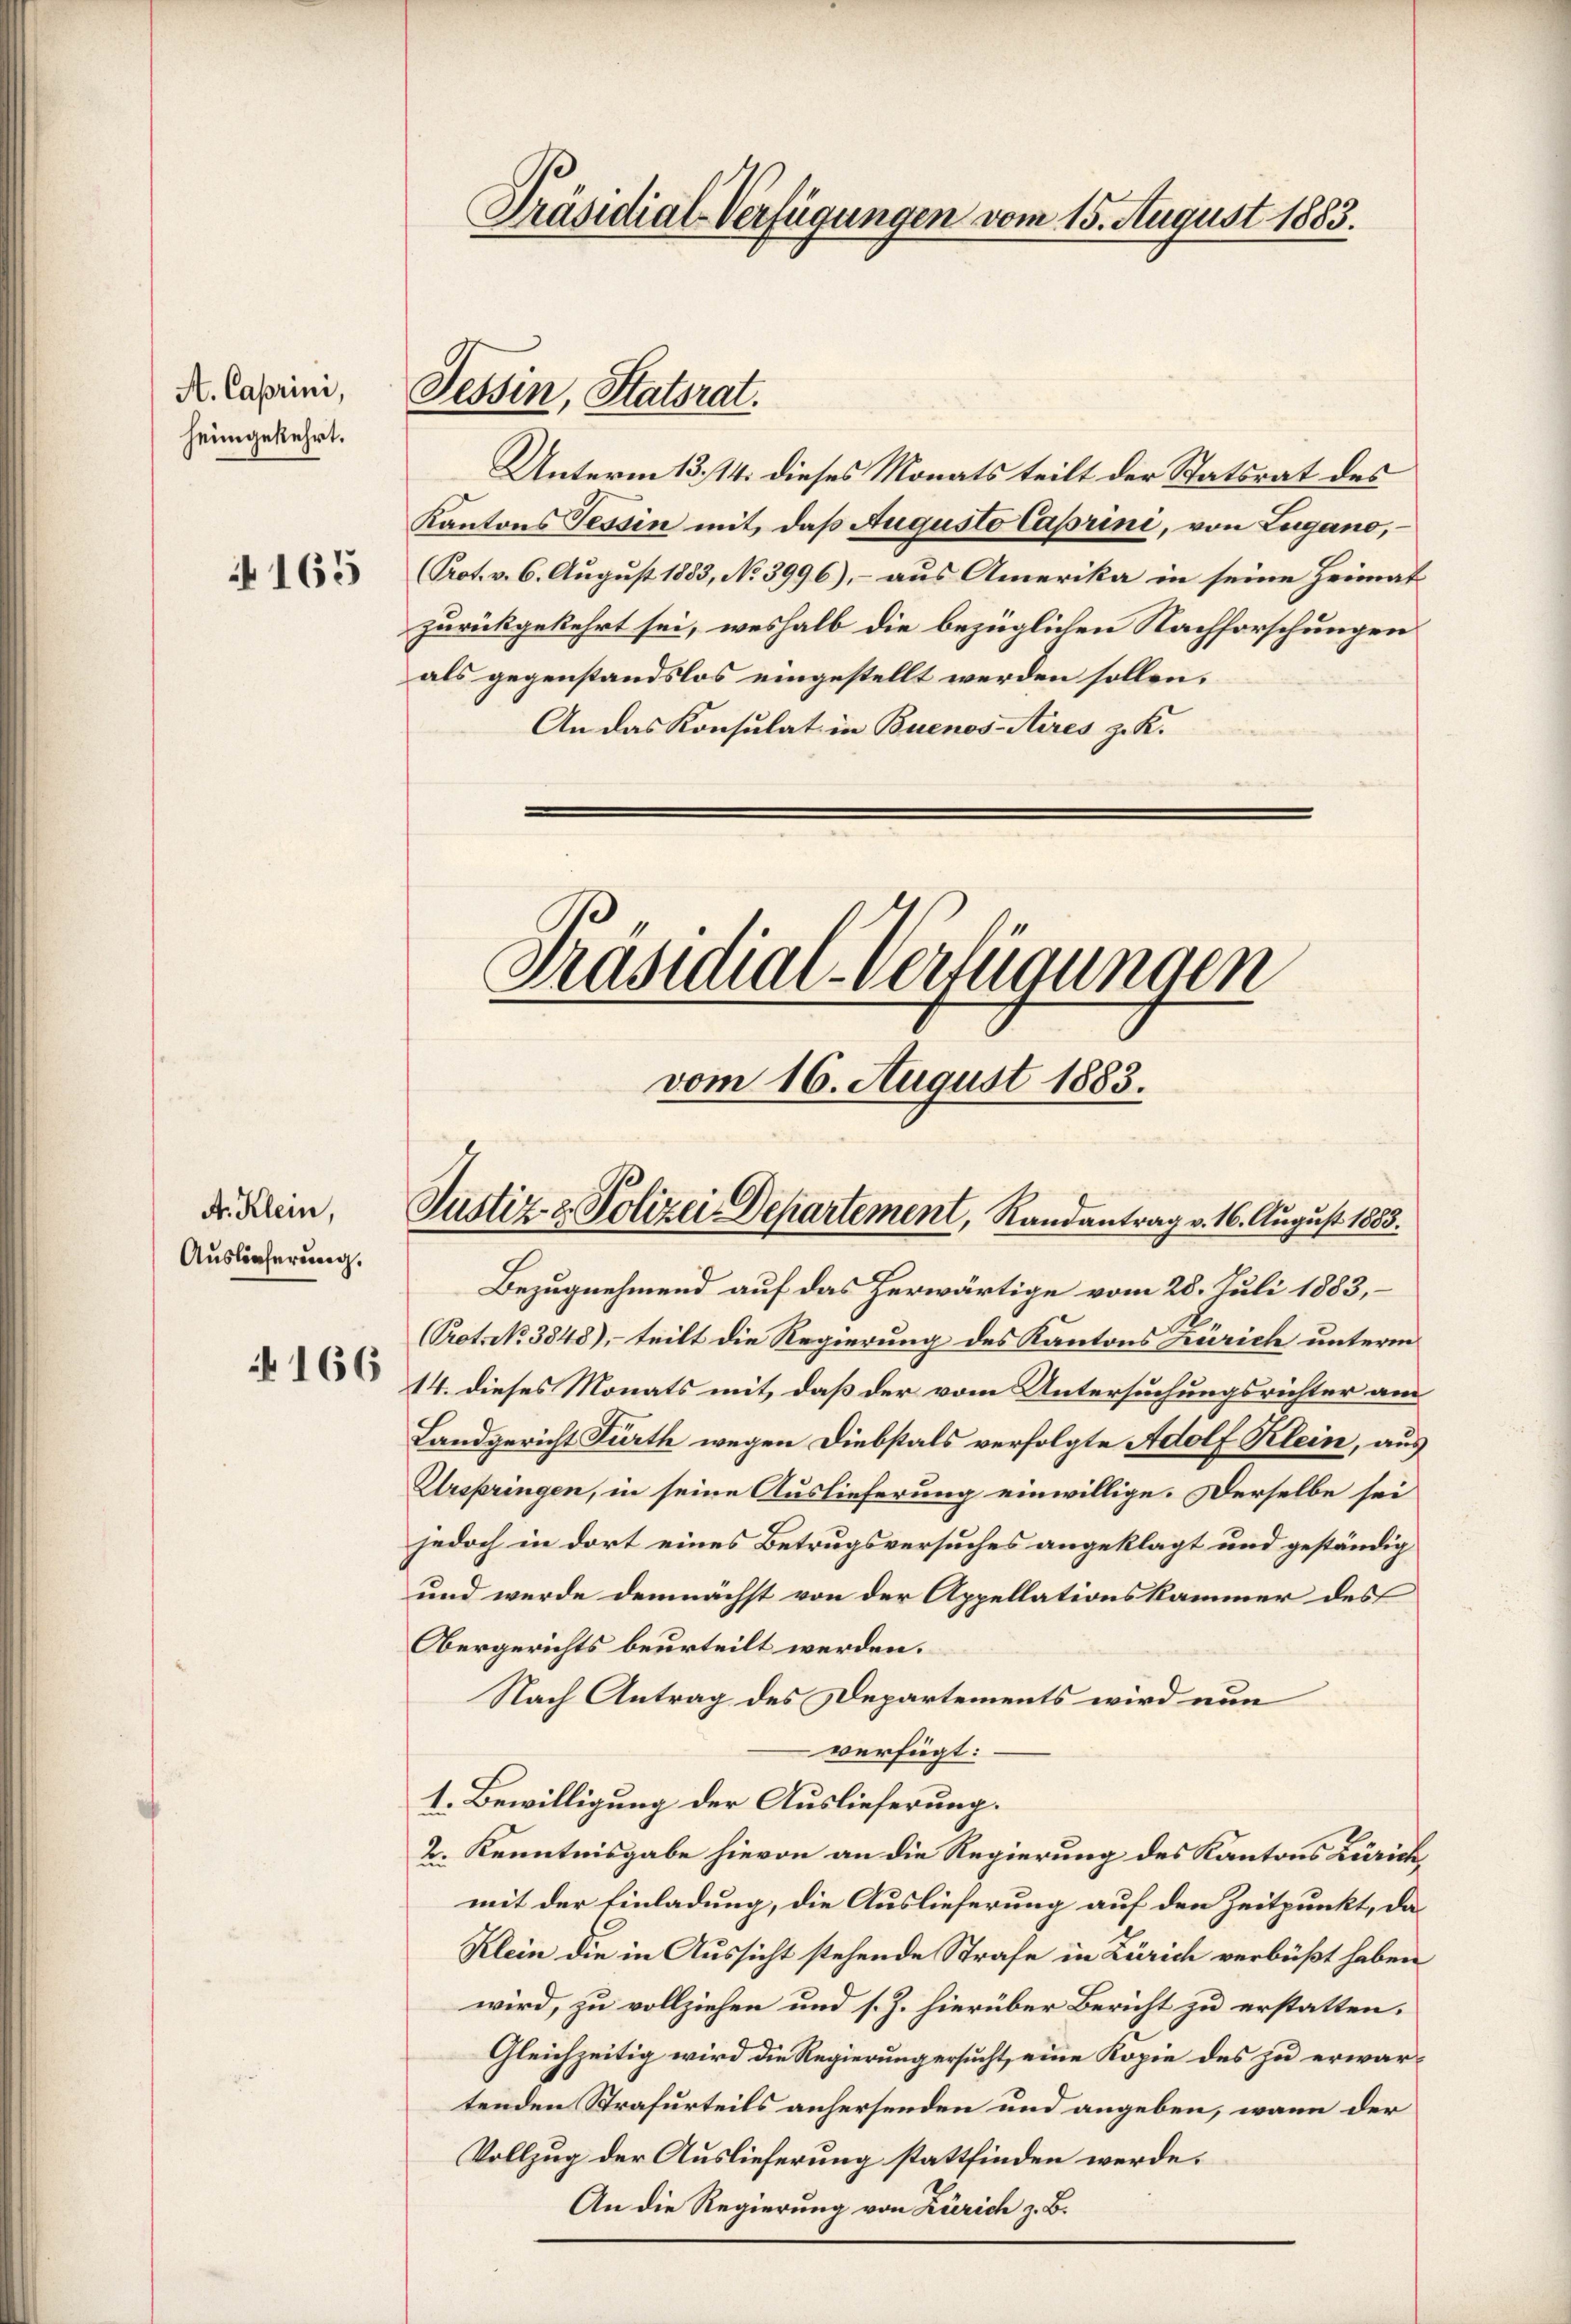
A. Caprini,
heimgekehrt.

165

A. Klein,
Auslieferung.
 166

Unterm 13./14. dieses Monats teilt der Statsrat des
Kantons Tessin mit, daß Augusto Caprini, von Lugano,
(Prot. v. 6. August 1883, No 3996), - aus Amerika in seine Heimat
zurückgekehrt sei, weshalb die bezüglichen Nachforschungen
als gegenstandslos eingestellt werden sollen.
An das Konsulat in Buenos-Aires z. K.
Präsidial-Verfügungen
vom 16. August 1883.

Präsidial-Verfügungen vom 15. August 1883.

Tessin, Statorat.

Justiz- & Polizei Departement, Randantrag v. 16. August 1883.

Bezugnehmend auf das herwärtige vom 28. Juli 1883,
Prot. No. 3848), – teilt die Regierung des Kantons Zürich unterm
14. dieses Monats mit, daß der vom Untersuchungsrichter am
Landgericht Fürth wegen Diebstals verfolgte Adolf Klein, aus
Urspringen, in seine Auslieferung einwillige. Derselbe sei
jedoch in dort eines Betrugsversuches angeklagt und geständig
und wurde demnächst von der Appellationskammer des
Obergerichts beurteilt werden.
Nach Antrag des Departements wird nun
verfügt:
1. Bewilligung der Auslieferung.
2. Kenntnisgabe hievon an die Regierung des Kantons Zürich
mit der Einladung, die Auslieferung auf den Zeitpunkt, da¬
Klein die in Aussicht stehende Strafe in Zürich verbüßt haben
wird, zu vollziehen und s. Z. hierüber Bericht zu erstatten.
Gleichzeitig wird die Regierung ersucht, eine Kopie des zu erwartenden Strafurteils anhersenden und angeben, wann der
Vollzug der Auslieferung stattfinden werde.
An die Regierung von Zürich z. B.